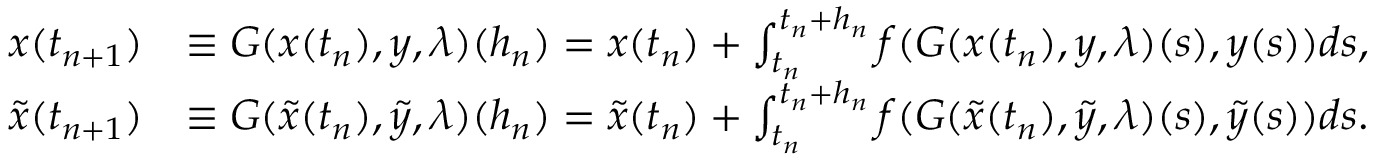
\begin{array} { r l } { x ( t _ { n + 1 } ) } & { \equiv G ( x ( t _ { n } ) , y , \lambda ) ( h _ { n } ) = x ( t _ { n } ) + \int _ { t _ { n } } ^ { t _ { n } + h _ { n } } f ( G ( x ( t _ { n } ) , y , \lambda ) ( s ) , y ( s ) ) d s , } \\ { \tilde { x } ( t _ { n + 1 } ) } & { \equiv G ( \tilde { x } ( t _ { n } ) , \tilde { y } , \lambda ) ( h _ { n } ) = \tilde { x } ( t _ { n } ) + \int _ { t _ { n } } ^ { t _ { n } + h _ { n } } f ( G ( \tilde { x } ( t _ { n } ) , \tilde { y } , \lambda ) ( s ) , \tilde { y } ( s ) ) d s . } \end{array}